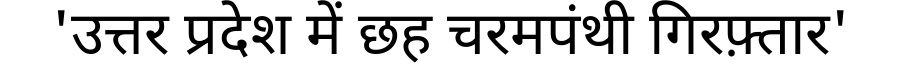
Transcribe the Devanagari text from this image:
'उत्तर प्रदेश में छह चरमपंथी गिरफ़्तार'